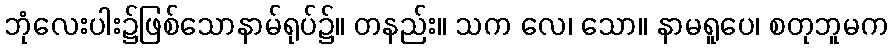
ဘုံလေးပါး၌ဖြစ်သောနာမ်ရုပ်၌။ တနည်း။ သက လေ၊ သော။ နာမရူပေ၊ စတုဘူမက